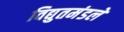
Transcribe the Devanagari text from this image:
विद्युतमंडले